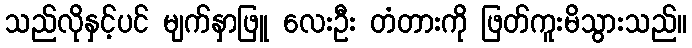
သည်လိုနှင့်ပင် မျက်နှာဖြူ လေးဦး တံတားကို ဖြတ်ကူးမိသွားသည်။